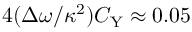
4 ( \Delta \omega / \kappa ^ { 2 } ) C _ { \mathrm { Y } } \approx 0 . 0 5